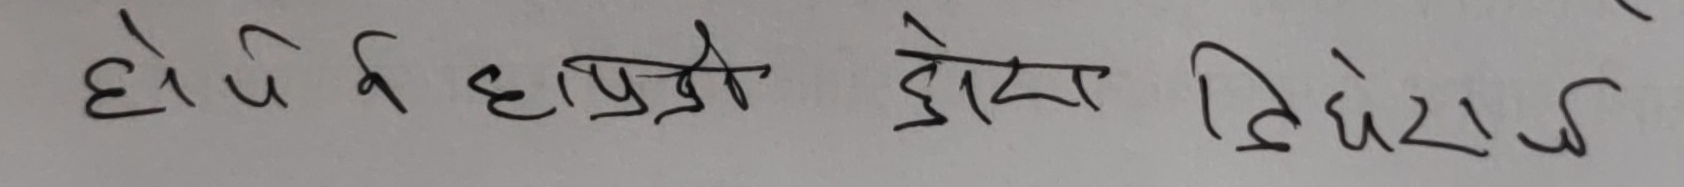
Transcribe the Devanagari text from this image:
होपनि ह आप्रो दोस्रा बिबेर ु